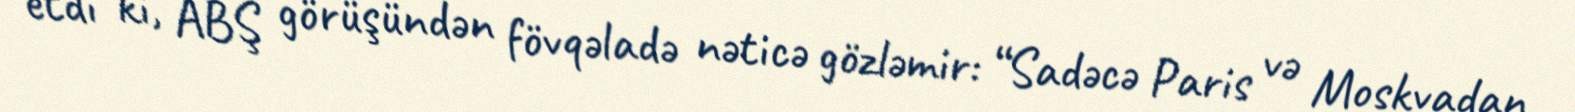
etdi ki, ABŞ görüşündən fövqəladə nəticə gözləmir: “Sadəcə Paris və Moskvadan